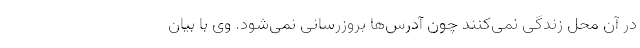
در آن محل زندگی نمی‌کنند چون آدرس‌ها بروزرسانی نمی‌شود. وی با بیان